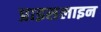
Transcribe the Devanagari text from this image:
प्राइसलाइन